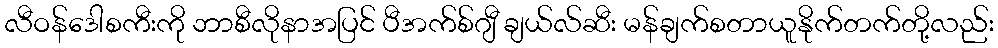
လီဝန်ဒေါစကီးကို ဘာစီလိုနာအပြင် ပီအက်စ်ဂျီ ချယ်လ်ဆီး မန်ချက်စတာယူနိုက်တက်တို့လည်း